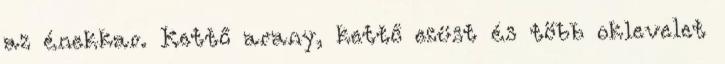
az énekkar. Kettő arany, kettő ezüst és több oklevelet